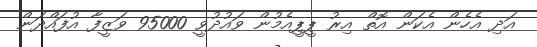
އަދި އެހެން އެކަން އޮތް އިރު ޕީޕީއެމުން ވައުދުވީ 95000 ވަޒީފާ އުފައްދަން